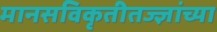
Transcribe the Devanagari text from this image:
मानसविकृतीतज्ज्ञांच्या